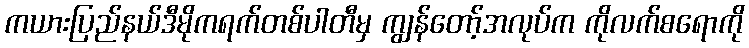
ကယားပြည်နယ်ဒီမိုကရက်တစ်ပါတီမှ ကျွန်တော့်အလုပ်က ကိုလက်စရောကို